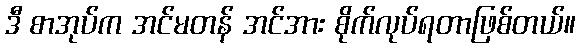
ဒီ စာအုပ်က အင်မတန် အင်အား စိုက်လုပ်ရတာဖြစ်တယ်။